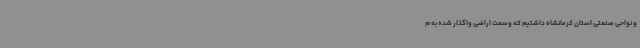
و نواحی صنعتی استان کرمانشاه داشتیم که وسعت اراضی واگذار شده به م